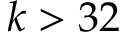
k > 3 2